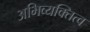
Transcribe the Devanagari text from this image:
अभिव्यक्तित्व